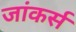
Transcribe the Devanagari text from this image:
जांकर्स